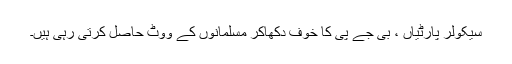
سیکولر پارٹیاں ، بی جے پی کا خوف دکھاکر مسلمانوں کے ووٹ حاصل کرتی رہی ہیں۔